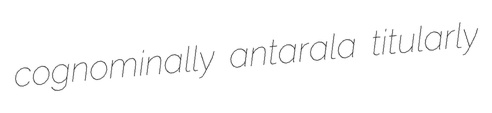
cognominally antarala titularly